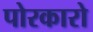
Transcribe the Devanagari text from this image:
पोरकारो